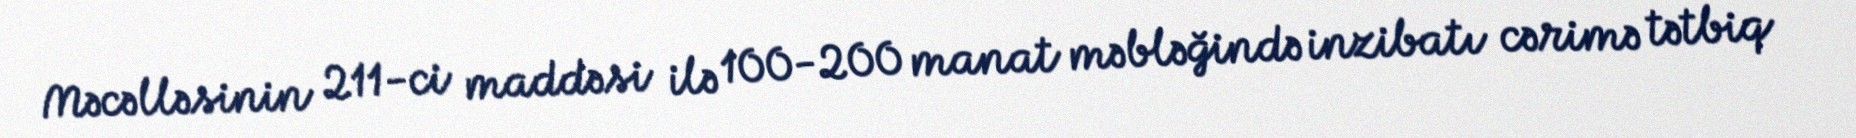
Məcəlləsinin 211-ci maddəsi ilə 100-200 manat məbləğində inzibatı cərimə tətbiq